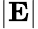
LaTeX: |\textbf{E}|